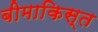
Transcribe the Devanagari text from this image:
बीमाकिस्त